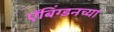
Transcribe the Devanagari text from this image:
ऍबिंग्डनच्या